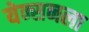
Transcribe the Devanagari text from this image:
येन्सनला